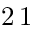
2 \, 1